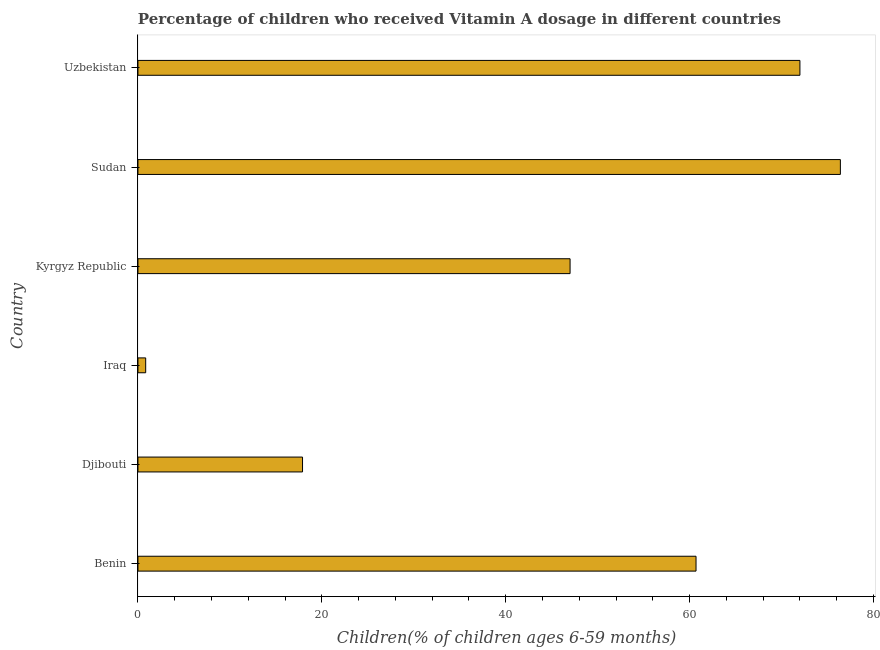
| Country | Vitamin A supplementation coverage rate  |
 | --- | --- |
 | Benin | 60.7 |
 | Djibouti | 17.9 |
 | Iraq | 0.84 |
 | Kyrgyz Republic | 47 |
 | Sudan | 76.4 |
 | Uzbekistan | 72 |